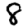
Digit: 8